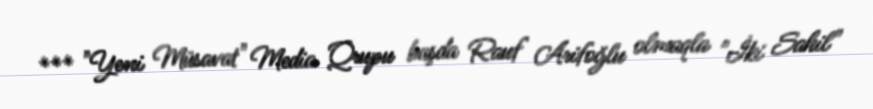
*** "Yeni Müsavat" Media Qrupu başda Rauf Arifoğlu olmaqla "İki Sahil"